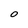
Character: O